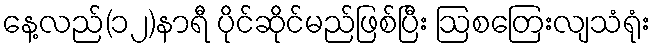
နေ့လည်(၁၂)နာရီ ပိုင်ဆိုင်မည်ဖြစ်ပြီး ဩစတြေးလျသံရုံး